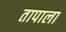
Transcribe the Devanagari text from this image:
तापाला